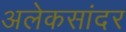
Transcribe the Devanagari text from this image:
अलेकसांदर